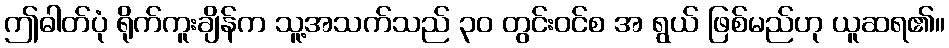
ဤဓါတ်ပုံ ရိုက်ကူးချိန်က သူ့အသက်သည် ၃၀ တွင်းဝင်စ အ ရွယ် ဖြစ်မည်ဟု ယူဆရ၏။